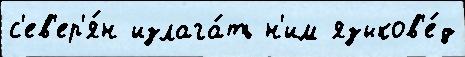
с'ев'ер'я́н излага́ть н'им языков'е́д